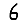
Digit: 6